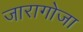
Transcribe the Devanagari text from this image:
जारागोजा